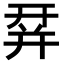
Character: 𢆛